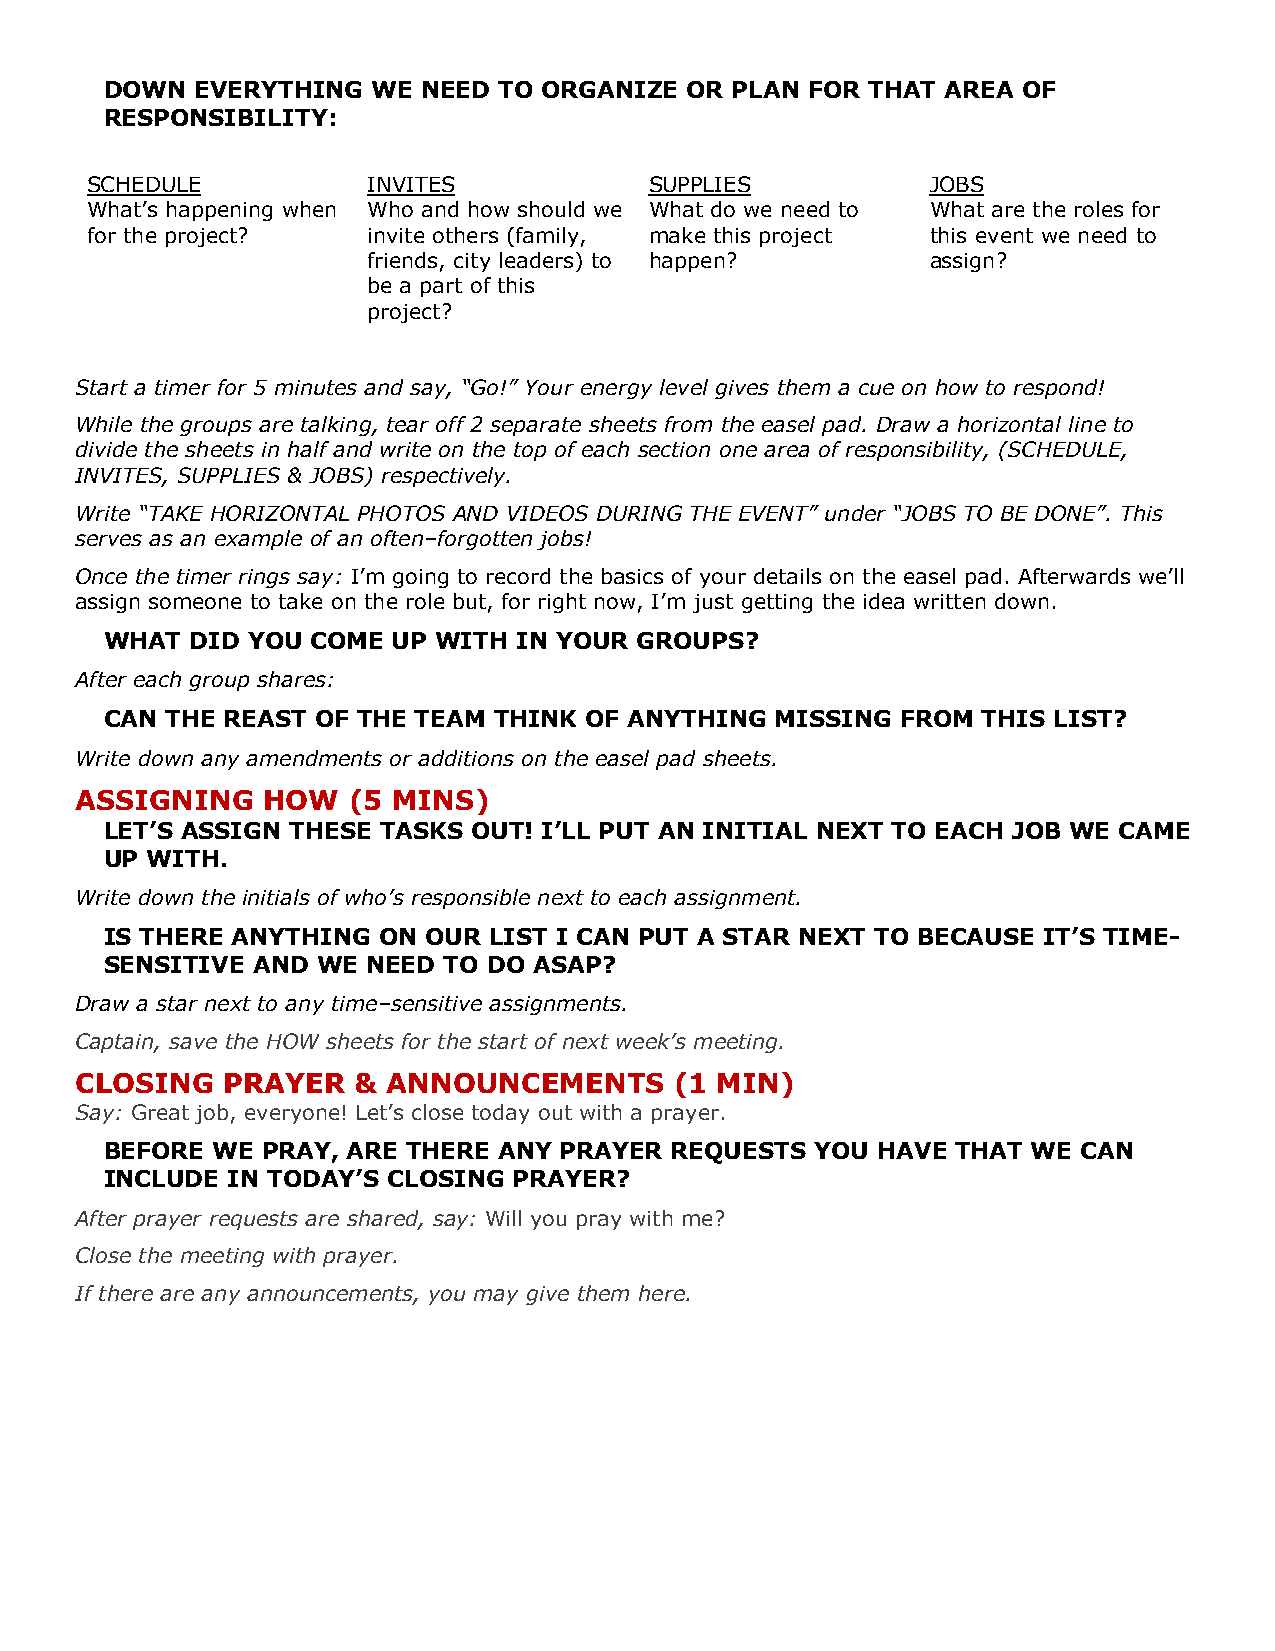
DOWN  EVERYTHING  WE NEED TO ORGANIZE OR PLAN  FOR THAT AREA OF
 RESPONSIBILITY:
 SCHEDULE          INVITES            SUPPLIES           JOBS
 What’s happening when Who and how should we What do we need to What are the roles for
 for the project?  invite others (family, make this project this event we need to
 friends, city leaders) to happen?     assign?
 be a part of this
 project?
 Start a timer for 5 minutes and say, “Go!” Your energy level gives them a cue on how to respond!
 While the groups are talking, tear off 2 separate sheets from the easel pad. Draw a horizontal line to
 divide the sheets in half and write on the top of each section one area of responsibility, (SCHEDULE,
 INVITES, SUPPLIES & JOBS) respectively.
 Write “TAKE HORIZONTAL PHOTOS AND VIDEOS DURING THE EVENT” under “JOBS TO BE DONE”. This
 serves as an example of an often–forgotten jobs!
 Once the timer rings say: I’m going to record the basics of your details on the easel pad. Afterwards we’ll
 assign someone to take on the role but, for right now, I’m just getting the idea written down.
 WHAT  DID YOU COME UP WITH IN YOUR GROUPS?
 After each group shares:
 CAN THE REAST OF THE TEAM THINK OF ANYTHING MISSING  FROM THIS LIST?
 Write down any amendments or additions on the easel pad sheets.
 ASSIGNING   HOW   (5 MINS)
 LET’S ASSIGN THESE TASKS OUT! I’LL PUT AN INITIAL NEXT TO EACH JOB WE CAME
 UP WITH.
 Write down the initials of who’s responsible next to each assignment.
 IS THERE ANYTHING ON OUR LIST I CAN PUT A STAR NEXT TO BECAUSE IT’S TIME-
 SENSITIVE AND WE NEED TO DO ASAP?
 Draw a star next to any time–sensitive assignments.
 Captain, save the HOW sheets for the start of next week’s meeting.
 CLOSING   PRAYER  &  ANNOUNCEMENTS      (1 MIN)
 Say: Great job, everyone! Let’s close today out with a prayer.
 BEFORE WE PRAY, ARE THERE ANY PRAYER REQUESTS  YOU HAVE THAT WE  CAN
 INCLUDE IN TODAY’S CLOSING PRAYER?
 After prayer requests are shared, say: Will you pray with me?
 Close the meeting with prayer.
 If there are any announcements, you may give them here.